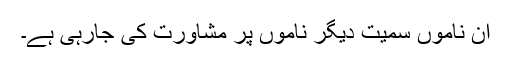
ان ناموں سمیت دیگر ناموں پر مشاورت کی جارہی ہے۔